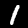
Digit: 1